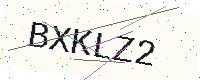
Text: BXKLZ2